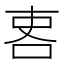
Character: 𠲀